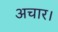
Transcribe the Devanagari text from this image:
अचार।